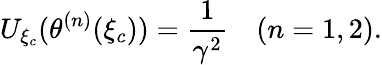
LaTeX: U_{\xi_{c}}(\theta^{(n)}(\xi_{c}))=\frac{1}{\gamma^{2}}\quad(n=1,2).